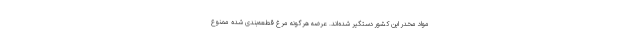
مواد مخدر این کشور دستگیر شده‌اند. عرضه هرگونه مرغ قطعه‌بندی شده ممنوع